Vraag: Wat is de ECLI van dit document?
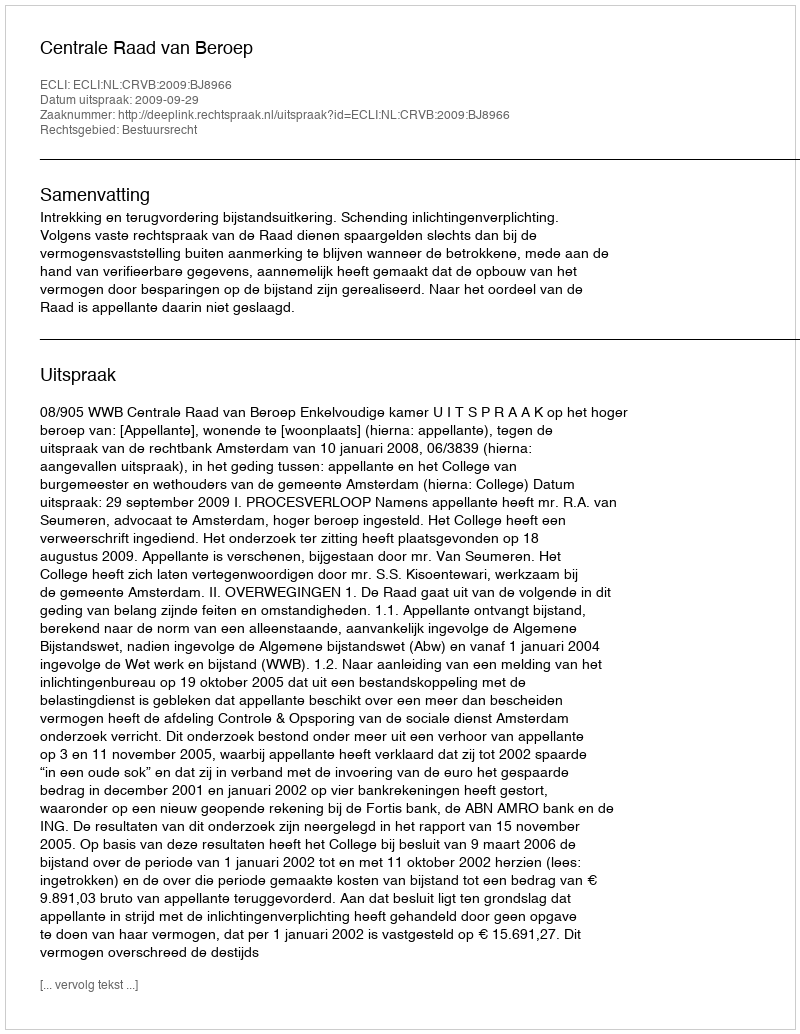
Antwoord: ECLI:NL:CRVB:2009:BJ8966